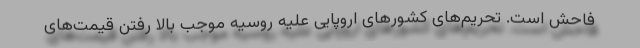
فاحش است. تحریم‌های کشورهای اروپایی علیه روسیه موجب بالا رفتن قیمت‌های